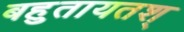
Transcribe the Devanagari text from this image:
बहुतायतश्